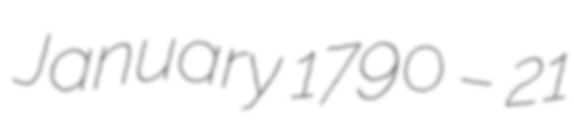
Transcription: January 1790 – 21